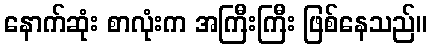
နောက်ဆုံး စာလုံးက အကြီးကြီး ဖြစ်နေသည်။